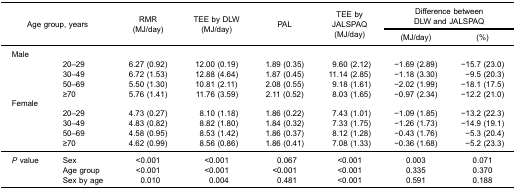
| <ROWSPAN=3-COLSPAN=2> Age group, years | <ROWSPAN=3> RMR(MJ/day) | <ROWSPAN=3> TEE by DLW(MJ/day) | <ROWSPAN=3> PAL | <ROWSPAN=3> TEE byJALSPAQ(MJ/day) | <COLSPAN=2> Difference betweenDLW and JALSPAQ |
 | (MJ/day) | (%) |
 | --- | --- | --- | --- | --- | --- | --- | --- |
 | Male |  |  |  |  |  |  |  |
 |  | 20–29 | 6.27 (0.92) | 12.00 (0.19) | 1.89 (0.35) | 9.60 (2.12) | −1.69 (2.89) | −15.7 (23.0) |
 |  | 30–49 | 6.72 (1.53) | 12.88 (4.64) | 1.87 (0.45) | 11.14 (2.85) | −1.18 (3.30) | −9.5 (20.3) |
 |  | 50–69 | 5.50 (1.30) | 10.81 (2.11) | 2.08 (0.55) | 9.18 (1.61) | −2.02 (1.99) | −18.1 (17.5) |
 |  | ≥70 | 5.76 (1.41) | 11.76 (3.59) | 2.11 (0.52) | 8.03 (1.65) | −0.97 (2.34) | −12.2 (21.0) |
 | Female |  |  |  |  |  |  |  |
 |  | 20–29 | 4.73 (0.27) | 8.10 (1.18) | 1.86 (0.22) | 7.43 (1.01) | −1.09 (1.85) | −13.2 (22.3) |
 |  | 30–49 | 4.83 (0.82) | 8.82 (1.80) | 1.84 (0.32) | 7.33 (1.75) | −1.26 (1.73) | −14.9 (19.1) |
 |  | 50–69 | 4.58 (0.95) | 8.53 (1.42) | 1.86 (0.37) | 8.12 (1.28) | −0.43 (1.76) | −5.3 (20.4) |
 |  | ≥70 | 4.62 (0.99) | 8.56 (0.86) | 1.86 (0.41) | 7.08 (1.33) | −0.36 (1.68) | −5.2 (23.3) |
 | P value | Sex | <0.001 | <0.001 | 0.067 | <0.001 | 0.003 | 0.071 |
 |  | Age group | <0.001 | <0.001 | <0.001 | <0.001 | 0.335 | 0.370 |
 |  | Sex by age | 0.010 | 0.004 | 0.481 | <0.001 | 0.591 | 0.188 |